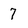
Character: 7